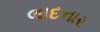
લાદનાર